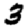
Digit: 3